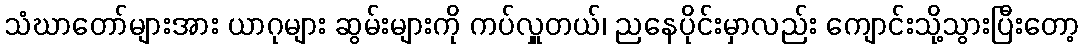
သံဃာတော်များအား ယာဂုများ ဆွမ်းများကို ကပ်လှူတယ်၊ ညနေပိုင်းမှာလည်း ကျောင်းသို့သွားပြီးတော့